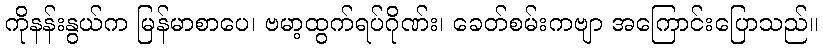
ကိုနန်းနွယ်က မြန်မာစာပေ၊ ဗမာ့ထွက်ရပ်ဂိုဏ်း၊ ခေတ်စမ်းကဗျာ အကြောင်းပြောသည်။